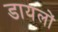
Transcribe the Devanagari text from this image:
डायलों